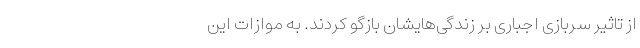
از تاثیر سربازی اجباری بر زندگی‌هایشان بازگو کردند. به موازات این